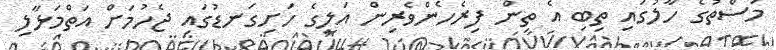
މަސްތުގެ ހާލުގައި ތިބި އެ ތިން ފިރެހެންވެރިން އަލީގެ ހަށިގަނޑުގައި ޖެހުމަށް އަތްމަޅާލި